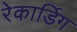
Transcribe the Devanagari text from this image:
रेकार्डिग